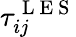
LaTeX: \tau_{ij}^{\mathrm{~L~E~S~}}